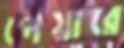
পেয়ারে